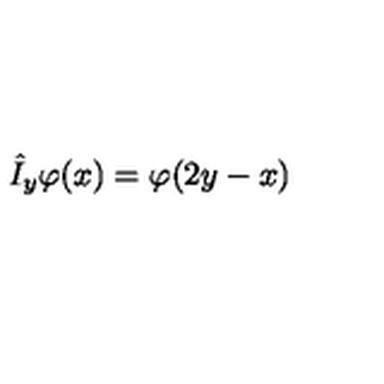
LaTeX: \hat { I } _ { y } \varphi ( x ) = \varphi ( 2 y - x )